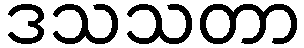
ဒသသတာ